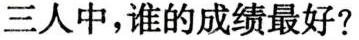
三人中，谁的成绩最好?